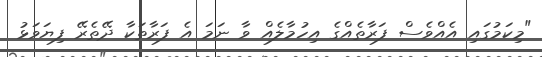
"މިކަމުގައި އެއްވެސް ފަރާތެއްގެ އިހުމާލެއް ވާ ނަމަ އެ ފަރާތަކާ ދޭތެރޭ ފިޔަވަޅު